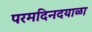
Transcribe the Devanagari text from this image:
परमदिनदयाळा